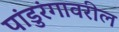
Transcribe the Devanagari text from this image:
पांडुरंगावरील